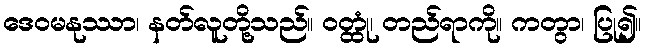
ဒေဝမနုဿာ၊ နတ်လူတို့သည်။ ဝတ္ထုံ၊ တည်ရာကို။ ကတွာ၊ ပြု၍။